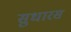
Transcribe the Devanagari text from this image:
सुधारस